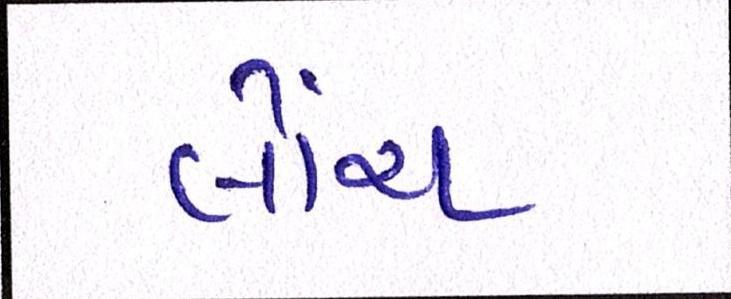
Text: લોંચ